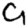
Digit: 9